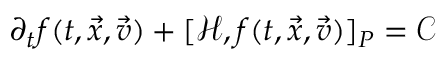
\partial _ { t } f ( t , \vec { x } , \vec { v } ) + [ \mathcal { H } , f ( t , \vec { x } , \vec { v } ) ] _ { P } = \mathcal { C }